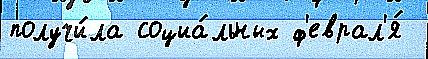
получи́ла социа́льных ф'еврал'я́